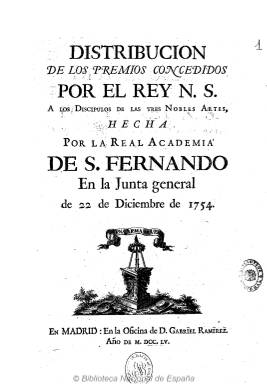
Título: Distribución de los premios concedidos por el Rey N. S. a los discípulos de las tres nobles artes, hecha por la Real Academia de S. Fernando
Otros títulos: Relación de la distribucion de los premios concedidos por el Rey N. S. y repartidos por la Real Academia de S. Fernando a los discípulos de las tres Nobles Artes, pintura, escultura y architectura || Distribución de los premios concedidos por el Rey Nuestro Señor a los díscipulos de las tres nobles artes, hecha por la Real Academia de San Fernando
Colección: Anuarios e informes || Arte
Ámbito geográfico: Madrid
Lugar de publicación: Madrid
Fechas: 01/01/1754-31/12/1808

Digitalizados los volúmenes de 1754 y 1808 (impreso en 1832).

Falta digitalizar el resto de la colección de 1753 a 1807.